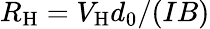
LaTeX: R_{\mathrm{H}}=V_{\mathrm{H}}d_{0}/(IB)